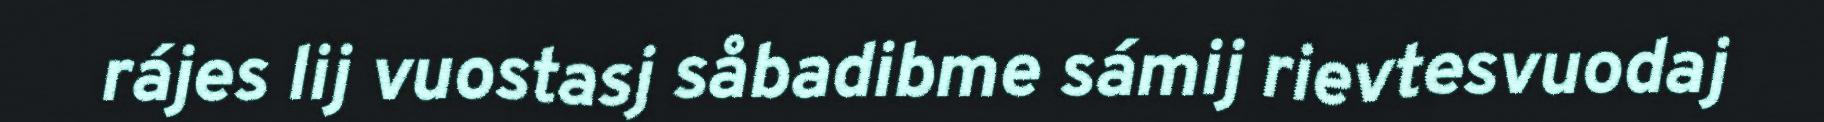
rájes lij vuostasj såbadibme sámij rievtesvuodaj